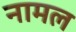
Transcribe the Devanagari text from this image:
नामल